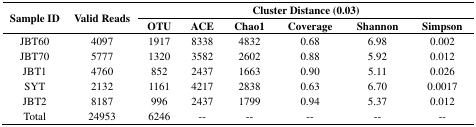
<table><thead><tr><td rowspan="2"><b>Sample ID</b></td><td rowspan="2"><b>Valid Reads</b></td><td colspan="6"><b>Cluster Distance (0.03)</b></td></tr><tr><td><b>OTU</b></td><td><b>ACE</b></td><td><b>Chao1</b></td><td><b>Coverage</b></td><td><b>Shannon</b></td><td><b>Simpson</b></td></tr></thead><tbody><tr><td>JBT60</td><td>4097</td><td>1917</td><td>8338</td><td>4832</td><td>0.68</td><td>6.98</td><td>0.002</td></tr><tr><td>JBT70</td><td>5777</td><td>1320</td><td>3582</td><td>2602</td><td>0.88</td><td>5.92</td><td>0.012</td></tr><tr><td>JBT1</td><td>4760</td><td>852</td><td>2437</td><td>1663</td><td>0.90</td><td>5.11</td><td>0.026</td></tr><tr><td>SYT</td><td>2132</td><td>1161</td><td>4217</td><td>2838</td><td>0.63</td><td>6.70</td><td>0.0017</td></tr><tr><td>JBT2</td><td>8187</td><td>996</td><td>2437</td><td>1799</td><td>0.94</td><td>5.37</td><td>0.012</td></tr><tr><td>Total</td><td>24953</td><td>6246</td><td>--</td><td>--</td><td>--</td><td>--</td><td>--</td></tr></tbody></table>